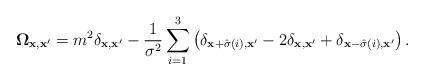
LaTeX: \begin{align*}{\bf \Omega}_{{\bf x},{\bf x'}}=m^2\delta_{{\bf x},{\bf x'}}-{1 \over \sigma^2}\sum^{3}_{i=1}\left(\delta_{{\bf x}+\hat{\sigma}\left(i\right),{\bf x'}}-2\delta_{{\bf x},{\bf x'}}+\delta_{{\bf x}-\hat{\sigma}\left(i\right),{\bf x'}}\right).\end{align*}